Leaving Certificate Examination, 1916
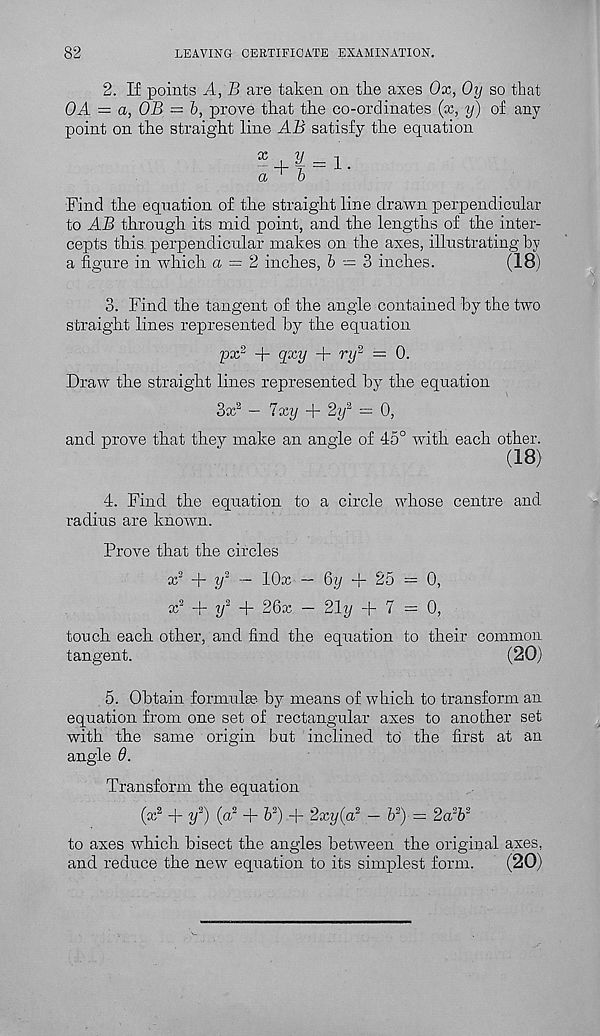
82
LEAVING CERTIFICATE EXAMINATION.
2. If points A, B are taken on the axes Ox, Oy so that
OA = a, OB = b, prove that the co-ordinates (x, y) of any
point on the straight line AB satisfy the equation
Find the equation of the straight line drawn perpendicular
to AB through its mid point, and the lengths of the inter-
cepts this perpendicular makes on the axes, illustrating by
a figure in which a = 2 inches, b — 3 inches.
(18)
3. Find the tangent of the angle contained by the two
straight lines represented by the equation
px 2 + qxy + ry 2 = 0.
Draw the straight lines represented by the equation
3x 2 — Ixy + 2y a = 0,
and prove that they make an angle of 45° with each other.
4. Find the equation to a circle whose centre and
radius are known.
Prove that the circles
x 2 + y 2 — lOx — Qy + 25 = 0,
x 2 + i/ 2 + 26x — 21y + 7 = 0,
touch each other, and find the equation to their common
tangent.
(20)
5. Obtain formulse by means of which to transform an
equation from one set of rectangular axes to another set
with the same origin but inclined to the first at an
angle 6.
Transform the equation
(x 2 + y 2 ) (a 2 + b 2 ) + 2xy(a 2 — 6 2 ) = 2a 3 b 2
to axes which bisect the angles between the original axes,
and reduce the new equation to its simplest form.
(20)